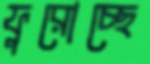
ফুরোচ্ছে